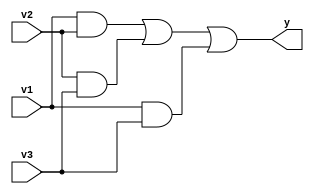
module majority(y,v1,v2,v3);
input v1,v2,v3;
output y;
   
	assign y=v1&v2|v2&v3|v1&v3;



endmodule